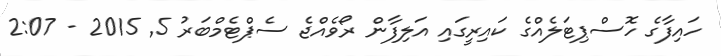
ހައިފާގެ ހޮސްޕިޓަލެއްގެ ކައިރީގައި އަލިފާން ރޯވެއްޖެ ސެޕްޓެމްބަރު 5